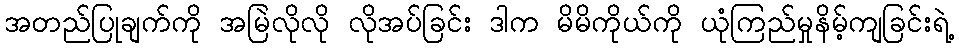
အတည်ပြုချက်ကို အမြဲလိုလို လိုအပ်ခြင်း ဒါက မိမိကိုယ်ကို ယုံကြည်မှုနိမ့်ကျခြင်းရဲ့